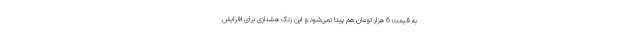
به قیمت 6 هزار تومان هم پیدا نمی‌شود و این زنگ هشداری برای افزایش